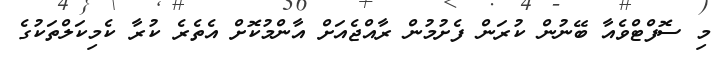
މި ސޮފްޓްވެއާ ބޭނުން ކުރަން ފެށުމުން ރާއްޖެއަށް އާންމުކޮށް އެތެރެ ކުރާ ކެމިކަލްތަކުގެ